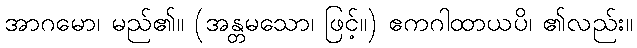
အာဂမော၊ မည်၏။ (အန္တမသော၊ ဖြင့်။) ဧကဂါထာယပိ၊ ၏လည်း။